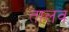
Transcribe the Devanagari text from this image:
तालव